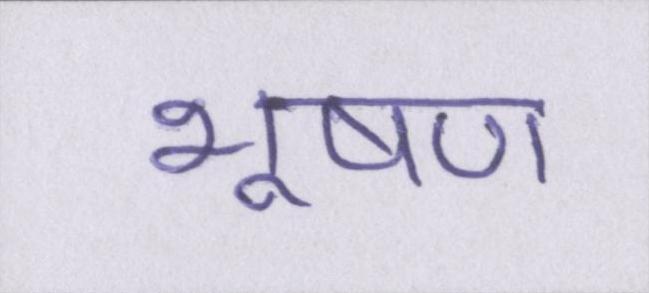
भूषण